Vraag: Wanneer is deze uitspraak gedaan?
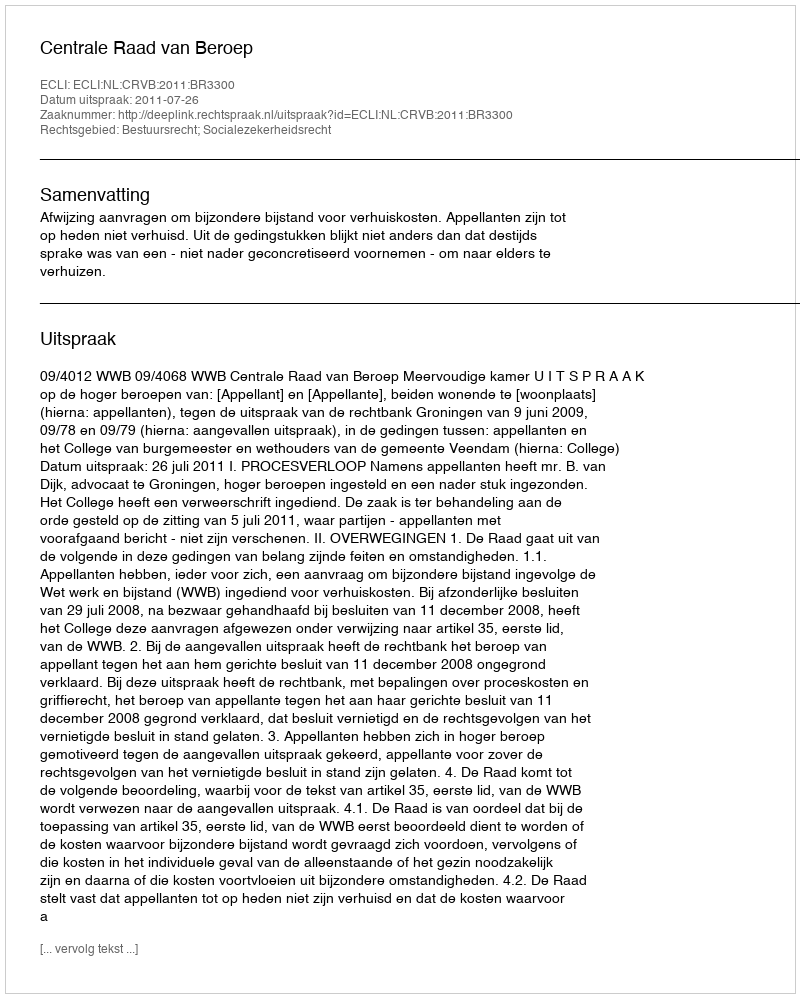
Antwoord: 2011-07-26